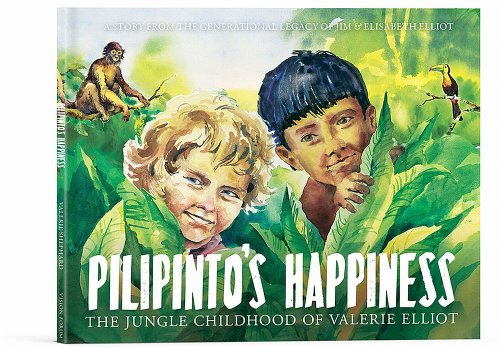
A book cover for Pilipinto's Happiness: The Jungle Childhood of Valerie Elliot; Valerie Elliot Shepard; Children's Books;